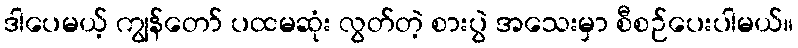
ဒါပေမယ့် ကျွန်တော် ပထမဆုံး လွတ်တဲ့ စားပွဲ အသေးမှာ စီစဉ်ပေးပါမယ်။